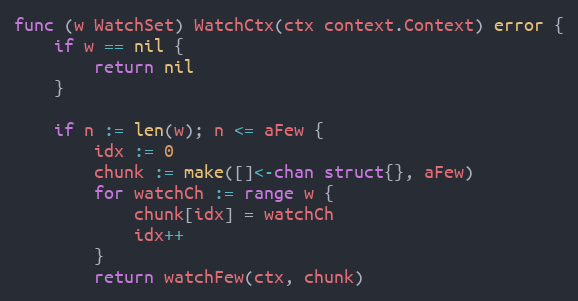
Language: Go
func (w WatchSet) WatchCtx(ctx context.Context) error {
	if w == nil {
		return nil
	}

	if n := len(w); n <= aFew {
		idx := 0
		chunk := make([]<-chan struct{}, aFew)
		for watchCh := range w {
			chunk[idx] = watchCh
			idx++
		}
		return watchFew(ctx, chunk)